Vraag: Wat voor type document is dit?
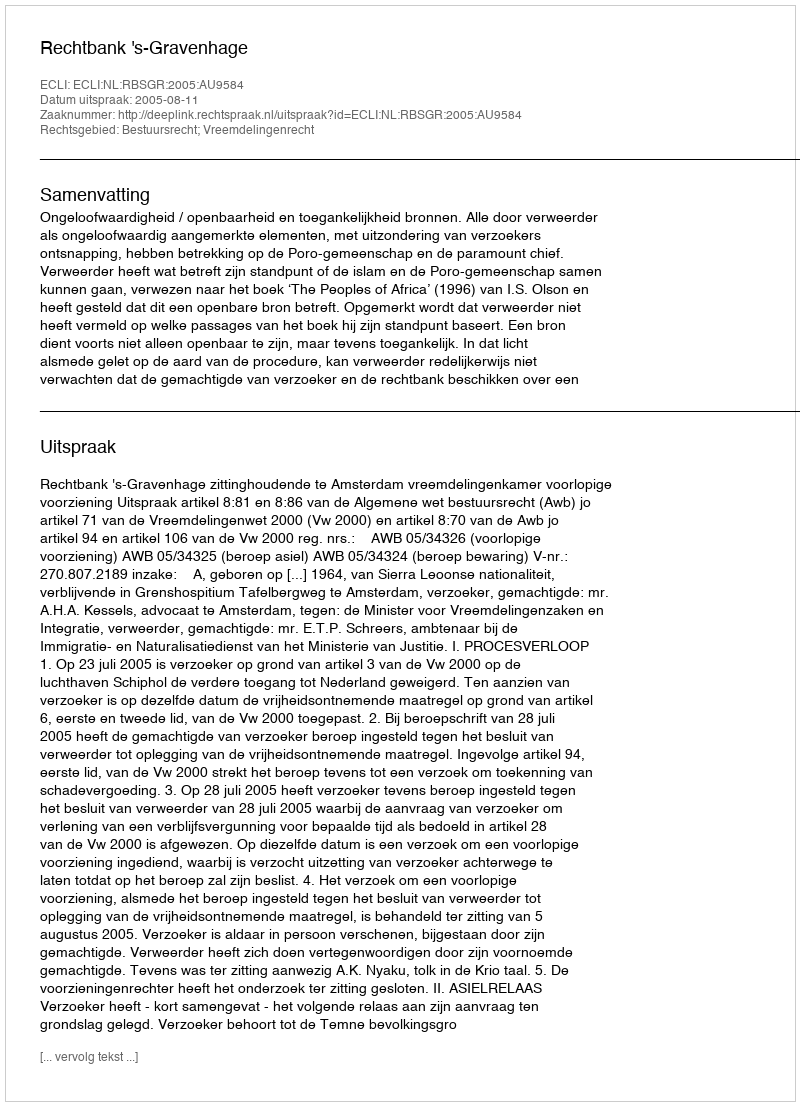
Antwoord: Uitspraak